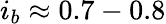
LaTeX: i_{b}\approx 0.7-0.8